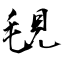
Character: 覒